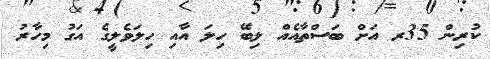
ކުރިން 35ރ އަށް ބަސްތާއެއް ލިބޭ ހިލަ އާއި ހިލަވެލީގެ އަގު މިހާރު